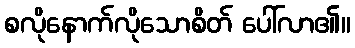
စလိုနောက်လိုသောစိတ် ပေါ်လာ၏။